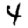
Digit: 4